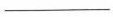
___